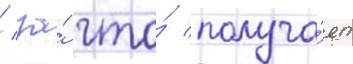
/ за́ что́ получа́ет